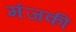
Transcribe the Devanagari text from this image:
मंजकी